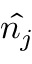
\hat { n _ { j } }